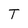
Character: T